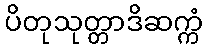
ပိတုသုတ္တာဒိဆက္ကံ